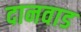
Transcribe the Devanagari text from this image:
दानवाड